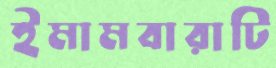
ইমামবারাটি